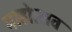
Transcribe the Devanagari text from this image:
माहोत्सव